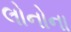
લોનોના